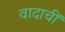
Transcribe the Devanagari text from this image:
वादाचीं